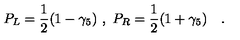
P _ { L } = \frac { 1 } { 2 } ( 1 - \gamma _ { 5 } ) \ , \ P _ { R } = \frac { 1 } { 2 } ( 1 + \gamma _ { 5 } ) \quad .